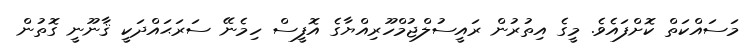
މަސައްކަތް ކޮށްފައެވެ. މީގެ އިތުރުން ރައީސުލްޖުމްހޫރިއްޔާގެ އޮފީސް ހިމެނޭ ސަރަޙައްދަކީ ޤާނޫނީ ގޮތުން